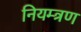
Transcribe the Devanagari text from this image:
नियम्त्रण